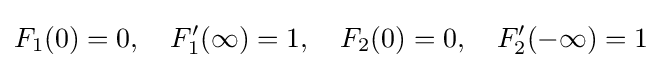
F_{1}(0)=0,\quad F_{1}'(\infty )=1,\quad F_{2}(0)=0,\quad F_{2}'(-\infty )=1